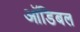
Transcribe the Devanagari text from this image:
ऑडिबल